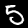
Digit: 5